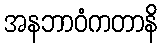
အနဘာဝံကတာနိ